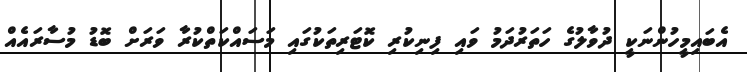
އެބައިމީހުންނަކީ ދުވާލުގެ ހަތަރުދަމު ވައި ފިނިކުރި ކޮޓަރިތަކުގައި މަސައްކަތްކުރާ ވަރަށް ބޮޑު މުސާރައެއް